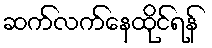
ဆက်လက်နေထိုင်ရန်